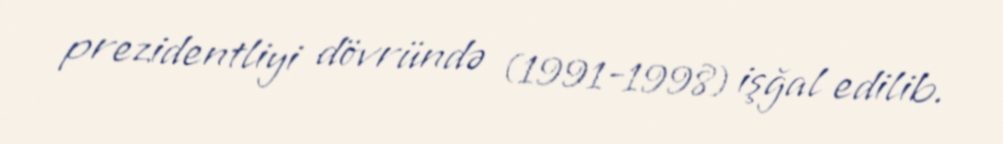
prezidentliyi dövründə (1991-1998) işğal edilib.